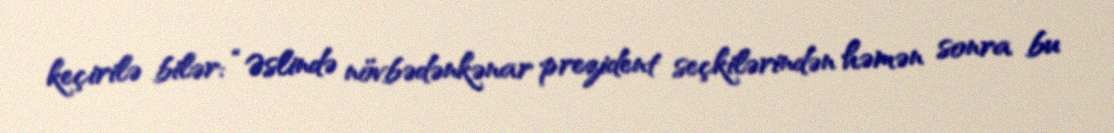
keçirilə bilər: “Əslində növbədənkənar prezident seçkilərindən həmən sonra bu